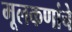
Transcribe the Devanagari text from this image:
मूलकणांचे